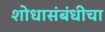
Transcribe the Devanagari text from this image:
शोधासंबंधीचा